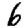
Digit: 6